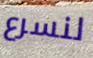
لنسرع